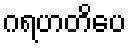
ဂရဟတိပေ